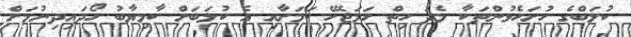
ކުލަބްގެ ހުށަހެޅުންތަކާ މެދު ހިތް ހަމަޖެހޭ ކަމަށާއި އެ ކުލަބަށް ކާމިޔާބު ހޯދައިދިނުމަށް